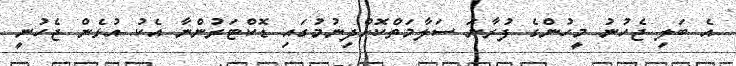
އެ ބަލި ޖެހުނު މީހުންގެ ފުރާނަ ސަލާމަތްކޮށްދިނުމުގައި ޑޮކްޓަރުންނާ އެކު އުޅެން ޖެހުނީ